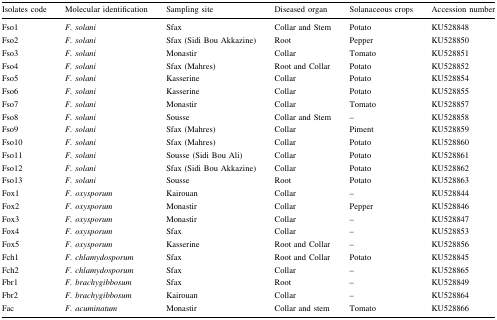
| Isolates code | Molecular identification | Sampling site | Diseased organ | Solanaceous crops | Accession number |
 | --- | --- | --- | --- | --- | --- |
 | Fso1 | F. solani | Sfax | Collar and Stem | Potato | KU528848 |
 | Fso2 | F. solani | Sfax (Sidi Bou Akkazine) | Root | Pepper | KU528850 |
 | Fso3 | F. solani | Monastir | Collar | Tomato | KU528851 |
 | Fso4 | F. solani | Sfax (Mahres) | Root and Collar | Potato | KU528852 |
 | Fso5 | F. solani | Kasserine | Collar | Potato | KU528854 |
 | Fso6 | F. solani | Kasserine | Collar | Potato | KU528855 |
 | Fso7 | F. solani | Monastir | Collar | Tomato | KU528857 |
 | Fso8 | F. solani | Sousse | Collar and Stem | – | KU528858 |
 | Fso9 | F. solani | Sfax (Mahres) | Collar | Piment | KU528859 |
 | Fso10 | F. solani | Sfax (Mahres) | Collar | Potato | KU528860 |
 | Fso11 | F. solani | Sousse (Sidi Bou Ali) | Collar | Potato | KU528861 |
 | Fso12 | F. solani | Sfax (Sidi Bou Akkazine) | Collar | Potato | KU528862 |
 | Fso13 | F. solani | Sousse | Root | Potato | KU528863 |
 | Fox1 | F. oxysporum | Kairouan | Collar | – | KU528844 |
 | Fox2 | F. oxysporum | Monastir | Collar | Pepper | KU528846 |
 | Fox3 | F. oxysporum | Monastir | Collar | – | KU528847 |
 | Fox4 | F. oxysporum | Sfax | Collar | – | KU528853 |
 | Fox5 | F. oxysporum | Kasserine | Root and Collar | – | KU528856 |
 | Fch1 | F. chlamydosporum | Sfax | Root and Collar | Potato | KU528845 |
 | Fch2 | F. chlamydosporum | Sfax | Collar | – | KU528865 |
 | Fbr1 | F. brachygibbosum | Sfax | Root | – | KU528849 |
 | Fbr2 | F. brachygibbosum | Kairouan | Collar | – | KU528864 |
 | Fac | F. acuminatum | Monastir | Collar and stem | Tomato | KU528866 |